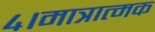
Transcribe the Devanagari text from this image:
४।मात्रात्मक